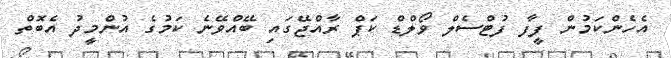
އެހެންކަމުން ފީފާ ފުޓްސެލް ވޯލްޑް ކަޕް ރާއްޖޭގައި ބޭއްވޭނެ ކަމުގެ އުންމީދު އެބޮތް